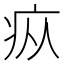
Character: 疭